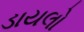
ડાયલો